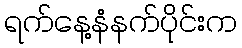
ရက်နေ့နံနက်ပိုင်းက